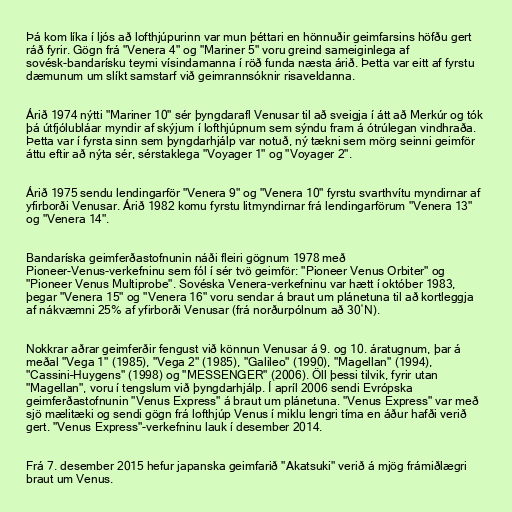
Þá kom líka í ljós að lofthjúpurinn var mun þéttari en hönnuðir geimfarsins höfðu gert
ráð fyrir. Gögn frá "Venera 4" og "Mariner 5" voru greind sameiginlega af
sovésk-bandarísku teymi vísindamanna í röð funda næsta árið. Þetta var eitt af fyrstu
dæmunum um slíkt samstarf við geimrannsóknir risaveldanna.

Árið 1974 nýtti "Mariner 10" sér þyngdarafl Venusar til að sveigja í átt að Merkúr og tók
þá útfjólubláar myndir af skýjum í lofthjúpnum sem sýndu fram á ótrúlegan vindhraða.
Þetta var í fyrsta sinn sem þyngdarhjálp var notuð, ný tækni sem mörg seinni geimför
áttu eftir að nýta sér, sérstaklega "Voyager 1" og "Voyager 2".

Árið 1975 sendu lendingarför "Venera 9" og "Venera 10" fyrstu svarthvítu myndirnar af
yfirborði Venusar. Árið 1982 komu fyrstu litmyndirnar frá lendingarförum "Venera 13"
og "Venera 14".

Bandaríska geimferðastofnunin náði fleiri gögnum 1978 með
Pioneer-Venus-verkefninu sem fól í sér tvö geimför: "Pioneer Venus Orbiter" og
"Pioneer Venus Multiprobe". Sovéska Venera-verkefninu var hætt í október 1983,
þegar "Venera 15" og "Venera 16" voru sendar á braut um plánetuna til að kortleggja
af nákvæmni 25% af yfirborði Venusar (frá norðurpólnum að 30˚N).

Nokkrar aðrar geimferðir fengust við könnun Venusar á 9. og 10. áratugnum, þar á
meðal "Vega 1" (1985), "Vega 2" (1985), "Galileo" (1990), "Magellan" (1994),
"Cassini–Huygens" (1998) og "MESSENGER" (2006). Öll þessi tilvik, fyrir utan
"Magellan", voru í tengslum við þyngdarhjálp. Í apríl 2006 sendi Evrópska
geimferðastofnunin "Venus Express" á braut um plánetuna. "Venus Express" var með
sjö mælitæki og sendi gögn frá lofthjúp Venus í miklu lengri tíma en áður hafði verið
gert. "Venus Express"-verkefninu lauk í desember 2014.

Frá 7. desember 2015 hefur japanska geimfarið "Akatsuki" verið á mjög frámiðlægri
braut um Venus.